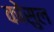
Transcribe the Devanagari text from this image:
कोंसुल